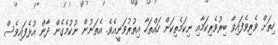
ހިތަށް ވެރިވެފައިވާ ބިރުވެރިކަމާއި ނިކަމެތިކަން ހައްތަހާ އިތުރުވަނީއެވެ. އެތަނުން ނުކުމެގެން ދާން އުޅެފައިވެސް